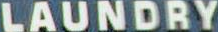
LAUNDRY